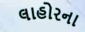
લાહોરના